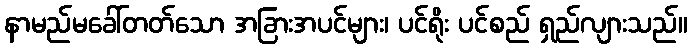
နာမည်မခေါ်တတ်သော အခြားအပင်များ၊ ပင်ရိုး ပင်စည် ရှည်လျားသည်။